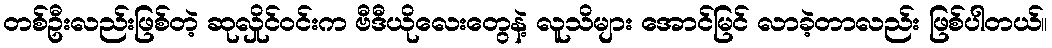
တစ်ဦးလည်းဖြစ်တဲ့ ဆုလှိုင်ဝင်းက ဗီဒီယိုလေးတွေနဲ့ လူသိများ အောင်မြင် လာခဲ့တာလည်း ဖြစ်ပါတယ်။